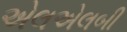
એલએલબી